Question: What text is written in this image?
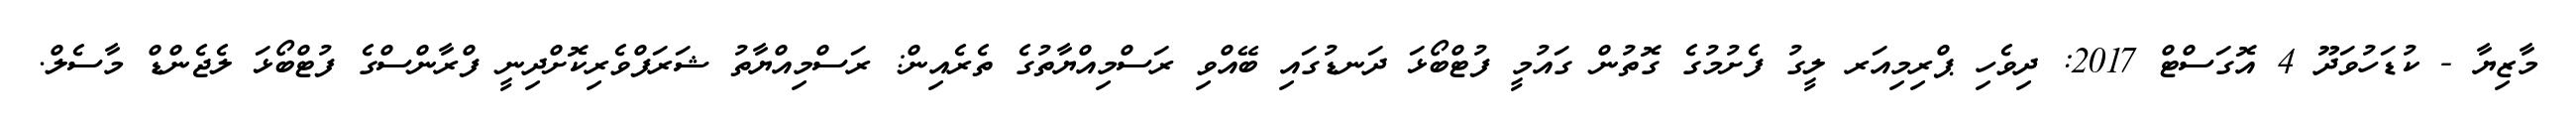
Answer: މާޒިޔާ - ކުޑަހުވަދޫ 4 އޮގަސްޓް 2017: ދިވެހި ޕްރިމިއަރ ލީގު ފެށުމުގެ ގޮތުން ގައުމީ ފުޓްބޯޅަ ދަނޑުގައި ބޭއްވި ރަސްމިއްޔާތުގެ ތެރެއިން: ރަސްމިއްޔާތު ޝަރަފްވެރިކޮށްދިނީ ފްރާންސްގެ ފުޓްބޯޅަ ލެޖެންޑް މާސެލް.